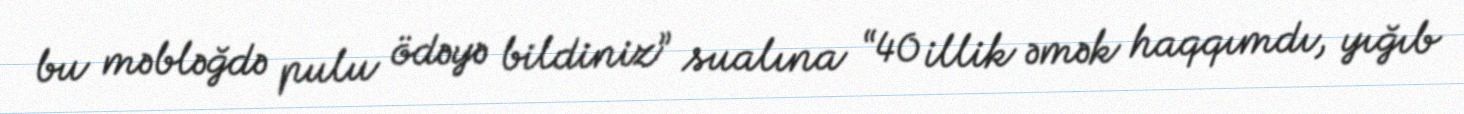
bu məbləğdə pulu ödəyə bildiniz” sualına “40 illik əmək haqqımdı, yığıb